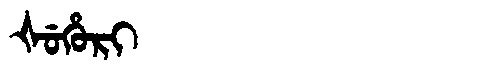
Manchu: ᡧᡠᡥᡠᡵᡳ
Romanization: ŠUHURI